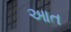
આત